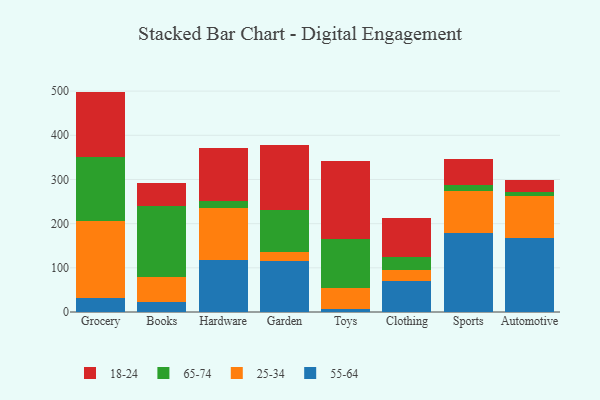
{"axis": {"x": "Category", "y": "Humidity (%)"}, "legend": ["18-24", "25-34", "55-64", "65-74"], "data": [{"x": "Grocery", "y": 30.7, "type": "55-64"}, {"x": "Grocery", "y": 174.2, "type": "25-34"}, {"x": "Grocery", "y": 144.9, "type": "65-74"}, {"x": "Grocery", "y": 149.1, "type": "18-24"}, {"x": "Books", "y": 22.6, "type": "55-64"}, {"x": "Books", "y": 56.7, "type": "25-34"}, {"x": "Books", "y": 161.7, "type": "65-74"}, {"x": "Books", "y": 51.3, "type": "18-24"}, {"x": "Hardware", "y": 118.6, "type": "55-64"}, {"x": "Hardware", "y": 117.1, "type": "25-34"}, {"x": "Hardware", "y": 15.3, "type": "65-74"}, {"x": "Hardware", "y": 120.7, "type": "18-24"}, {"x": "Garden", "y": 114.7, "type": "55-64"}, {"x": "Garden", "y": 21.5, "type": "25-34"}, {"x": "Garden", "y": 93.6, "type": "65-74"}, {"x": "Garden", "y": 149.3, "type": "18-24"}, {"x": "Toys", "y": 6.4, "type": "55-64"}, {"x": "Toys", "y": 47.2, "type": "25-34"}, {"x": "Toys", "y": 110.6, "type": "65-74"}, {"x": "Toys", "y": 177.7, "type": "18-24"}, {"x": "Clothing", "y": 69.4, "type": "55-64"}, {"x": "Clothing", "y": 25.5, "type": "25-34"}, {"x": "Clothing", "y": 28.5, "type": "65-74"}, {"x": "Clothing", "y": 89.1, "type": "18-24"}, {"x": "Sports", "y": 179.8, "type": "55-64"}, {"x": "Sports", "y": 93.5, "type": "25-34"}, {"x": "Sports", "y": 13.3, "type": "65-74"}, {"x": "Sports", "y": 60.1, "type": "18-24"}, {"x": "Automotive", "y": 167.5, "type": "55-64"}, {"x": "Automotive", "y": 95.4, "type": "25-34"}, {"x": "Automotive", "y": 7.9, "type": "65-74"}, {"x": "Automotive", "y": 27.9, "type": "18-24"}]}